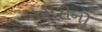
ખારીનો